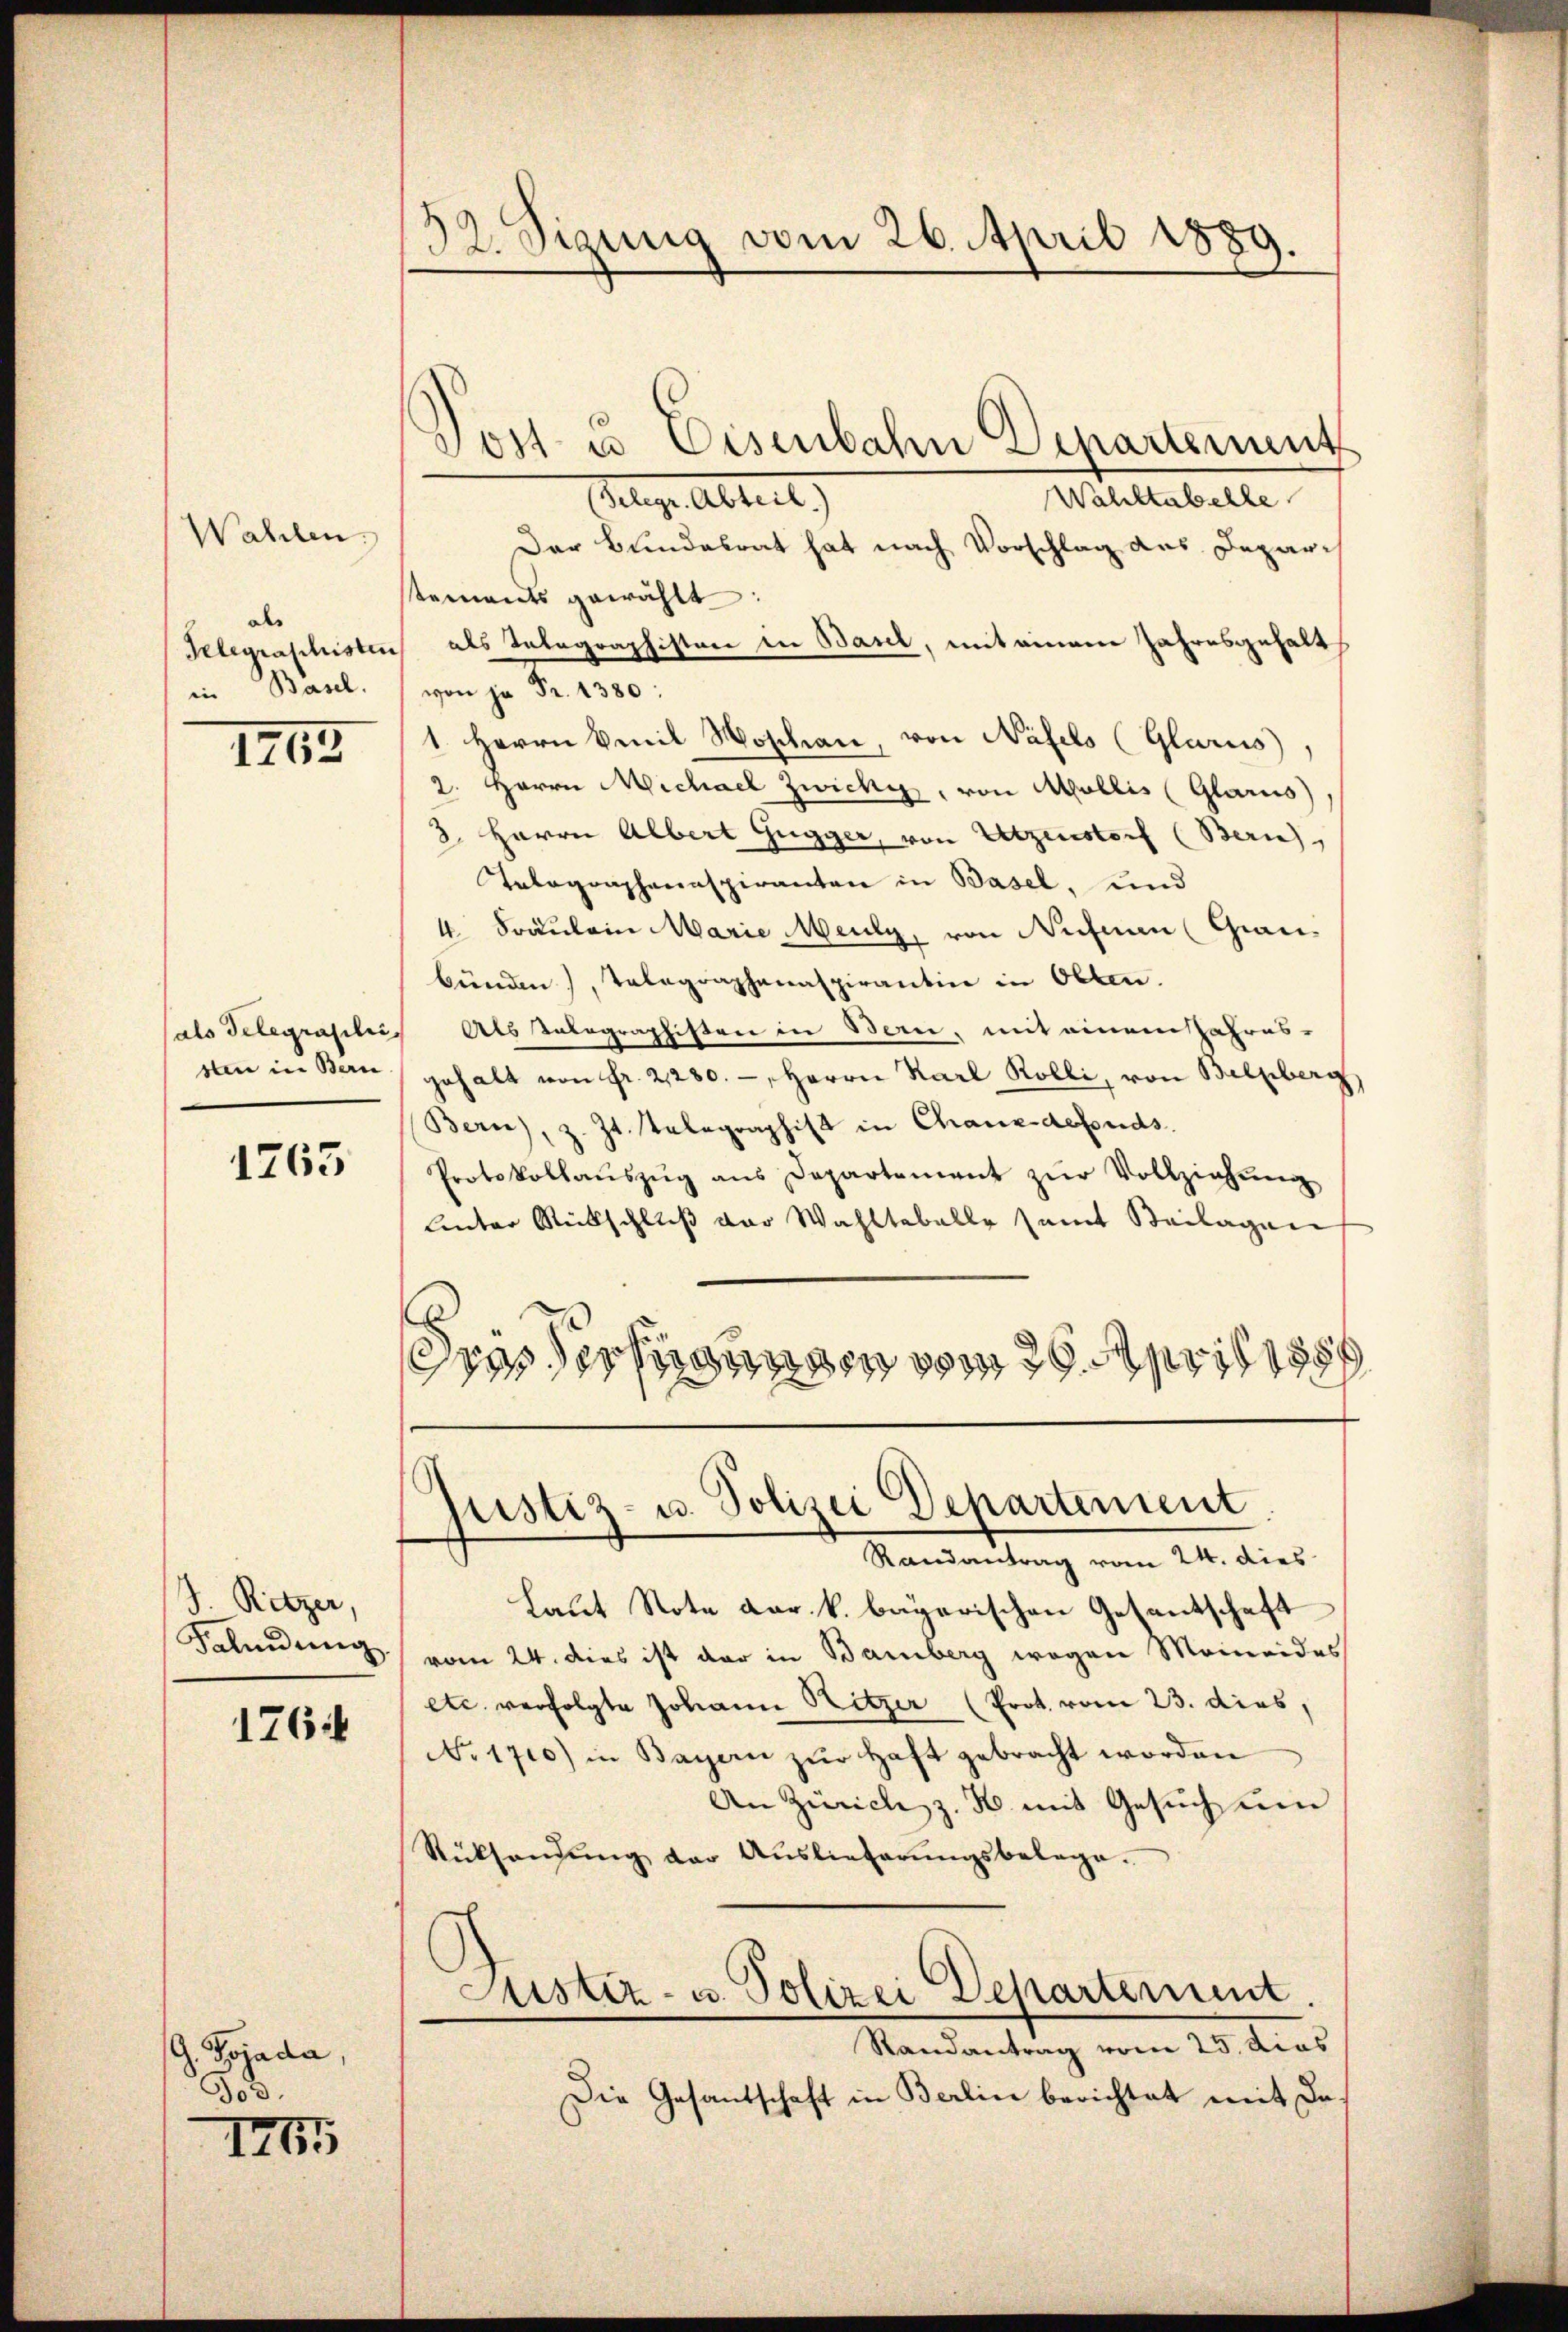
Wahlen.
als
Telegraschisten
in Basel.

III

sten in Bern

1765

J. Ritzer.
Falindung

1764

G. Bojada,
Jod.
III

32. Sizung vom 26. April 1889.

Wahltabelle
selige Abtreit
Der Bundesrat hat nach Vorschlag des Depari
tements gewählt:
als Telegraphisten in Band, mit einem Jahresgehalts
von ja Fr. 1380:
1. Herrn Emil Woschen, von Näfels (Glarus,
2. Herrn Michael Zwicke, von Mollis (Glarus)
3. Herrn Albert Gugger, von Utzenstorf (Berneh
Telegraphenaspiranten in Basel, und
4 Fräulein Marie Meuly, von Neben (Graubünden), Telegraphenaspirantin in Olten.
als Telegraphis Abstalographisten in Bern, mit einem Jahres-
gehalt von fr. 21280.-, Herrn Karl Rölli, von Belpberg
Bern), z. Zt. Telegraphist in Chaux-defonds.
Protokollaŭszŭg ans Departement zŭr Vollziehŭng
Unter Rückschluß der Wahltabelle samt Beilagen
dres Verfügungen vom 26. April 188

Jost u. Eisenbahn Departement

justiz- u. Polizei Departement
Randantrag vom 24. dies

Laut Note dar. k. bayerischen Gesantschaft
vom 24. dies ist der in Bamberg wegen Moineides
etc. verfolgte Johann Hitzer (Prot. vom 23. dies,
No. 1700) in Bayern zŭr Haft gebracht worden
An Zürich z. B. mit Gesuch um
Rücksendŭng der Auslieferŭngsbelage.
Justiz- u. Polizei Departement.
Randantrag vom 25. dies
Die Gesandschaft in Berlin berichtet mit da¬